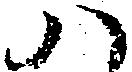
八